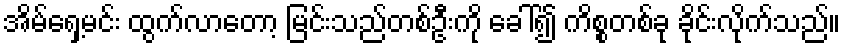
အိမ်ရှေ့မင်း ထွက်လာတော့ မြင်းသည်တစ်ဦးကို ခေါ်၍ ကိစ္စတစ်ခု ခိုင်းလိုက်သည်။